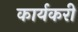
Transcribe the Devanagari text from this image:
कार्यकरी